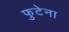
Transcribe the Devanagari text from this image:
फुटेना